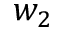
w _ { 2 }